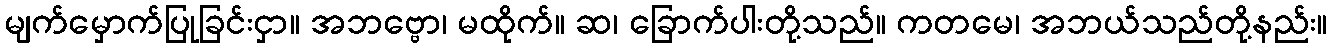
မျက်မှောက်ပြုခြင်းငှာ။ အဘဗ္ဗော၊ မထိုက်။ ဆ၊ ခြောက်ပါးတို့သည်။ ကတမေ၊ အဘယ်သည်တို့နည်း။